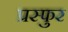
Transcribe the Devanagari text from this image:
प्रस्फुर